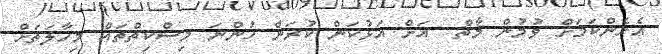
އެހެންކަމަށް ވުމުން މާތް  އަށް އަޅުކަން ކުރަން ހުންނަ މިސްކިތްތައް މިހާލަތަށް